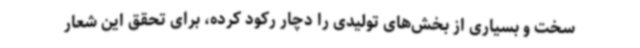
سخت و بسیاری از بخش‌های تولیدی را دچار رکود کرده، برای تحقق این شعار